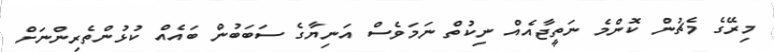
މިރޭގެ މެޗުން ކޮންމެ ނަތީޖާއެއް ނިކުތް ނަމަވެސް އަނިޔާގެ ސަބަބުން ބައެއް ކުޅުންތެރިންނަށް